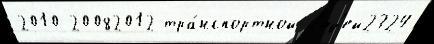
2010 20082012 тра́нспортной л'юд'ей2324